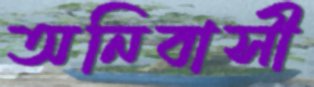
অনিবাসী